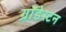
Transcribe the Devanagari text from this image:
ग्रॉंडेस्टन